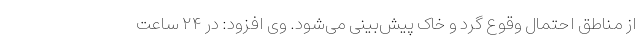
از مناطق احتمال وقوع گرد و خاک پیش‌بینی می‌شود. وی افزود: در ۲۴ ساعت